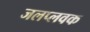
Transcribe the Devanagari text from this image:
जलप्लवक